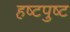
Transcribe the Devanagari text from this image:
हष्टपुष्ट